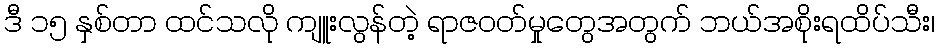
ဒီ ၁၅ နှစ်တာ ထင်သလို ကျူးလွန်တဲ့ ရာဇဝတ်မှုတွေအတွက် ဘယ်အစိုးရထိပ်သီး၊